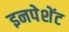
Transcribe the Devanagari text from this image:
इनपेशेंट